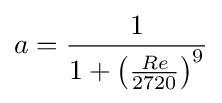
a={\frac {1}{1+\left({\frac {Re}{2720}}\right)^{9}}}